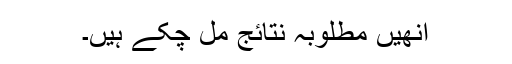
انھیں مطلوبہ نتائج مل چکے ہیں۔